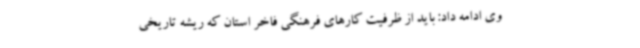
وی ادامه داد: باید از ظرفیت کارهای فرهنگی فاخر استان که ریشه تاریخی